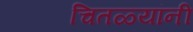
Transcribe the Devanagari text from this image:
चितळ्यांनी